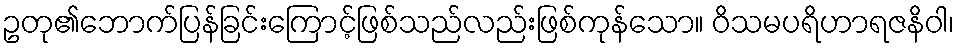
ဥတု၏ဘောက်ပြန်ခြင်းကြောင့်ဖြစ်သည်လည်းဖြစ်ကုန်သော။ ဝိသမပရိဟာရဇနိဝါ၊